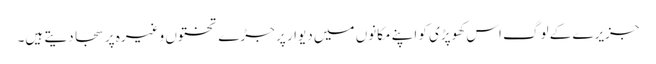
جزیرے کے لوگ اس کھوپڑی کو اپنے مکانوں میں دیوار پر جڑے تختوں وغیرہ پر سجا دیتے ہیں۔